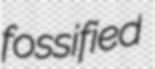
fossified